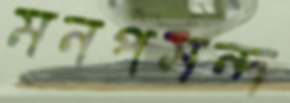
মনপসন্দ